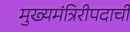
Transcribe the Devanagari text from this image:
मुख्यमंत्रिरीपदाची